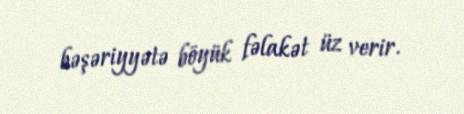
bəşəriyyətə böyük fəlakət üz verir.